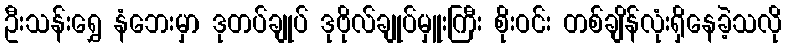
ဦးသန်းရွှေ နံဘေးမှာ ဒုတပ်ချုပ် ဒုဗိုလ်ချုပ်မှူးကြီး စိုးဝင်း တစ်ချိန်လုံးရှိနေခဲ့သလို